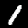
Label: 1